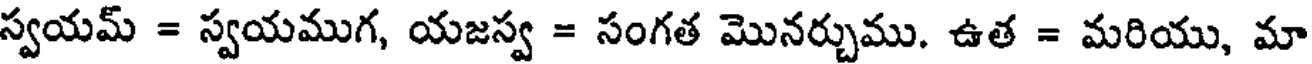
స్వయమ్ = స్వయముగ, యజస్వ = సంగత మొనర్చుము. ఉత = మరియు, మా